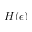
H ( \epsilon )